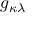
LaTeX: { g } _ { \kappa \lambda }